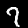
Label: 7